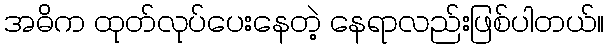
အဓိက ထုတ်လုပ်ပေးနေတဲ့ နေရာလည်းဖြစ်ပါတယ်။